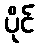
ပိုင်